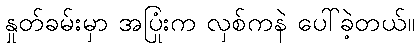
နှုတ်ခမ်းမှာ အပြုံးက လှစ်ကနဲ ပေါ်ခဲ့တယ်။